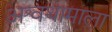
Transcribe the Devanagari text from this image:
अश्वथामाला